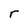
Character: r